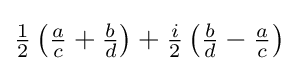
{\tfrac {1}{2}}\left({\tfrac {a}{c}}+{\tfrac {b}{d}}\right)+{\tfrac {i}{2}}\left({\tfrac {b}{d}}-{\tfrac {a}{c}}\right)